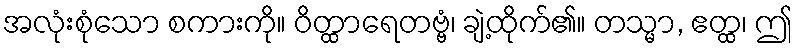
အလုံးစုံသော စကားကို။ ဝိတ္ထာရေတဗ္ဗံ၊ ချဲ့ထိုက်၏။ တသ္မာ, ဧတ္ထ၊ ဤ